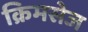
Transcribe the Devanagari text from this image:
क्रिमसेज